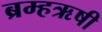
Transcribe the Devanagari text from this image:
ब्रम्हऋषी